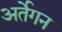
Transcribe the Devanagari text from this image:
अर्तेगन